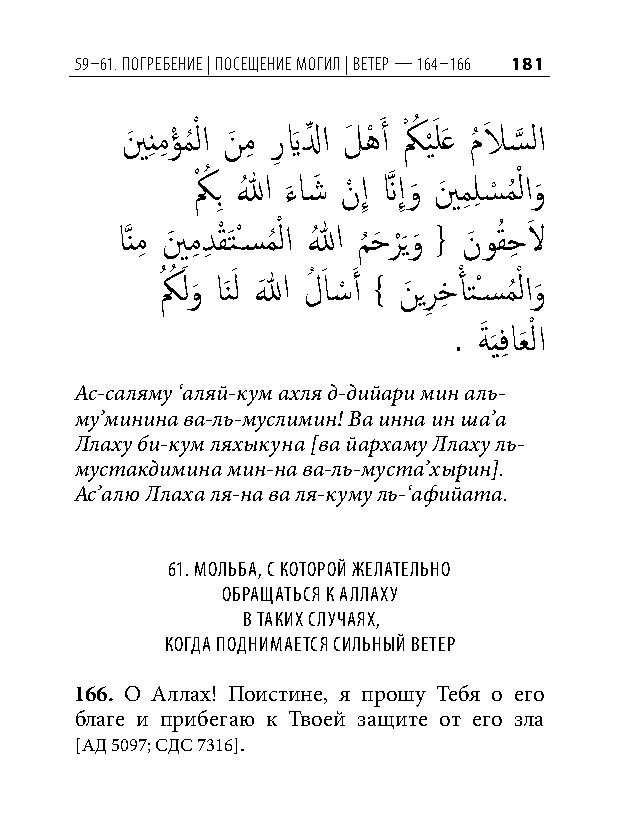
59–61. Погребение | Посещение могил | ветер — 164–166 181
 ينَ نِ مِ ؤْ مُ ْ لا نَ مِ رِ يَ لِّ ا لَ هْ َ أ كْ ُ ي َْ لَع مُ لاَ س
 َّذ
 لا
 كْ ُ بِ اللهُ ء
 َ
 اشَ نْ إِ نَّذ إِو
 َ
 ينَ مِ لِ س
 ْ
 مُ ْ لاو
 َ
 اَّذنمِ ينَ مِ دِ قْ َتْسسمُ ْ لا اللهُ م
 ُ
 حَ ر َْيو
 َ
 { نَ وقُ حِ لاَ
 كُ ُ َ لو
 َ
 اَنَ ل اللهَ لُ َ ا�ْ َ أ } نَ يرِ خِ أْ تْسسمُ ْ لاو
 َ
 .
 ةَ َيفِ
 اعَ
 ْ
 لا
 Ас-саляму ‘аляй-кум ахля д-дийари мин аль-
 му’минина ва-ль-муслимин! Ва инна ин ша’а
 Ллаху би-кум ляхыкуна [ва йархаму Ллаху ль-
 мустакдимина мин-на ва-ль-муста’хырин].
 Ас’алю Ллаха ля-на ва ля-куму ль-‘афийата.
 61. мольба, С которой желательно
 обращатьСя к аллаху
 в таких Случаях,
 когда поднимаетСя Сильный ветер
 166. О Аллах! Поистине, я прошу Тебя о его
 благе и прибегаю к Твоей защите от его зла
 [АД 5097; СДС 7316].